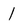
Character: 1